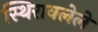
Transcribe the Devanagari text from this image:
स्थिरावलेले